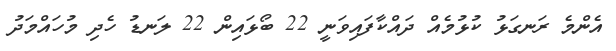
އެންމެ ރަނގަޅު ކުޅުމެއް ދައްކާފައިވަނީ 22 ބޯޅައިން 22 ލަނޑު ހެދި މުހައްމަދު